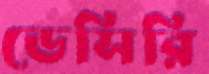
ডেসিরি